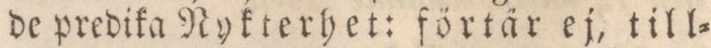
de predika Nykterhet: förtär ej, till=